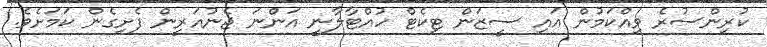
ކުރިންސުރެ ވިއްކަމުން އައި ސީޒަން ޓިކެޓް ހުއްޓާލާނީ އަންނަ ޖެނުއަރީން ފެށިގެން ކަމަށެވެ.